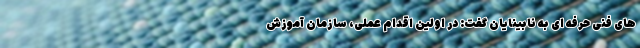
های فنی حرفه ای به نابینایان گفت: در اولين اقدام عملى، سازمان آموزش